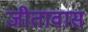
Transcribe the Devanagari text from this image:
जीतावास